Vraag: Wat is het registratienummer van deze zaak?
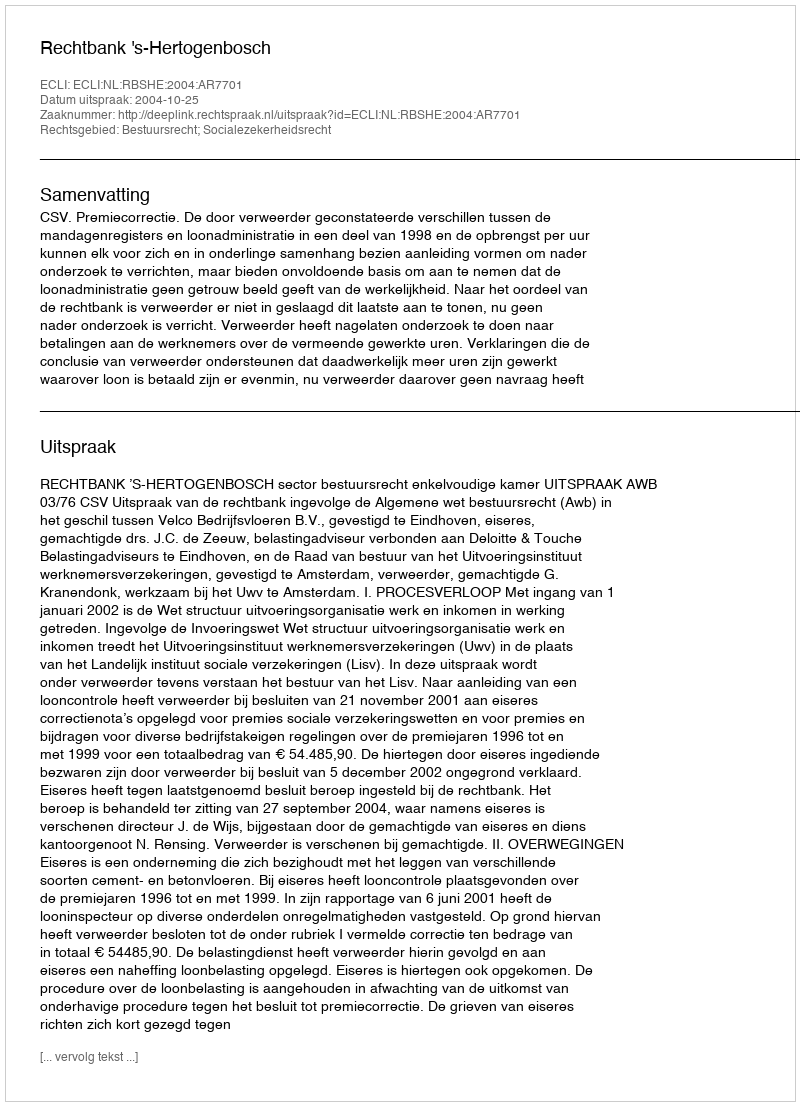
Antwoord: http://deeplink.rechtspraak.nl/uitspraak?id=ECLI:NL:RBSHE:2004:AR7701